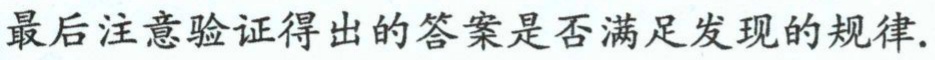
最后注意验证得出的答案是否满足发现的规律.